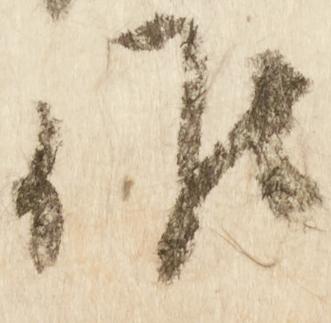
候